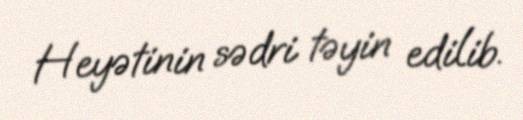
Heyətinin sədri təyin edilib.